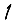
Digit: 1